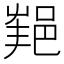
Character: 𨛝